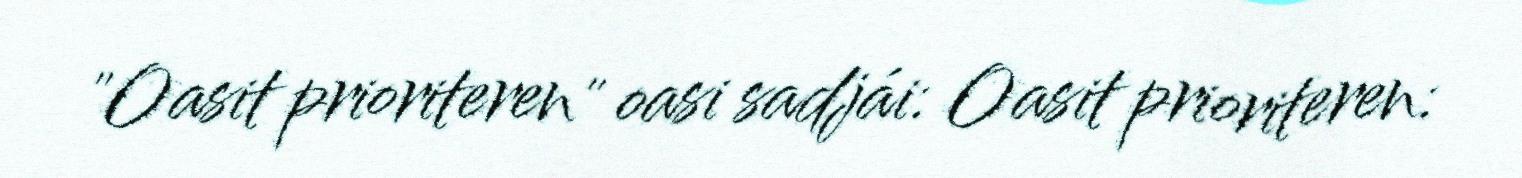
"Oasit prioriteren" oasi sadjái: Oasit prioriteren: